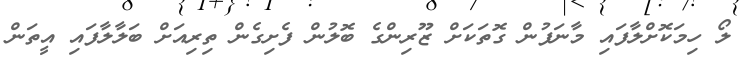
ލޯ ހިމަކޮށްލާފައި މާނަފުން ގޮތަކަށް ޒޫރިންގެ ބޮލުން ފެށިގެން ތިރިއަށް ބަލާލާފައި އީތަން